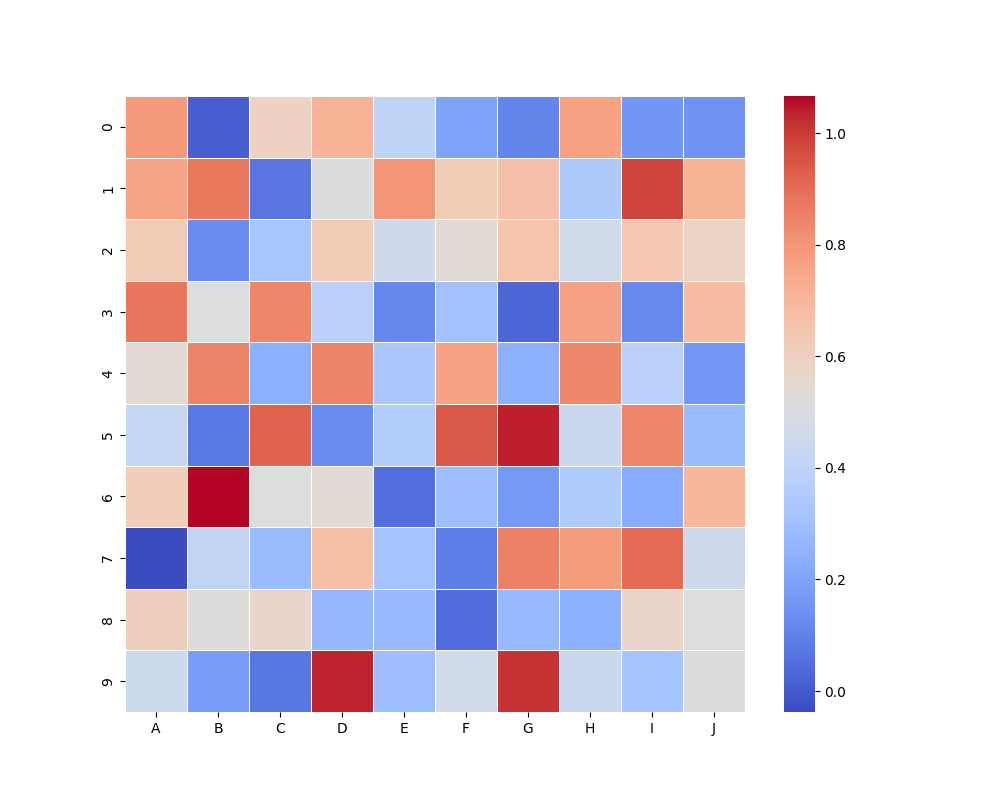
python, seaborn, heatmap, cmap='coolwarm', linewidths=0.5, center=none